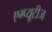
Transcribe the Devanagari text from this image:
एम्प्यूटीज